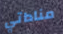
مناداتي